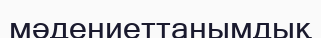
мәдениеттанымдық